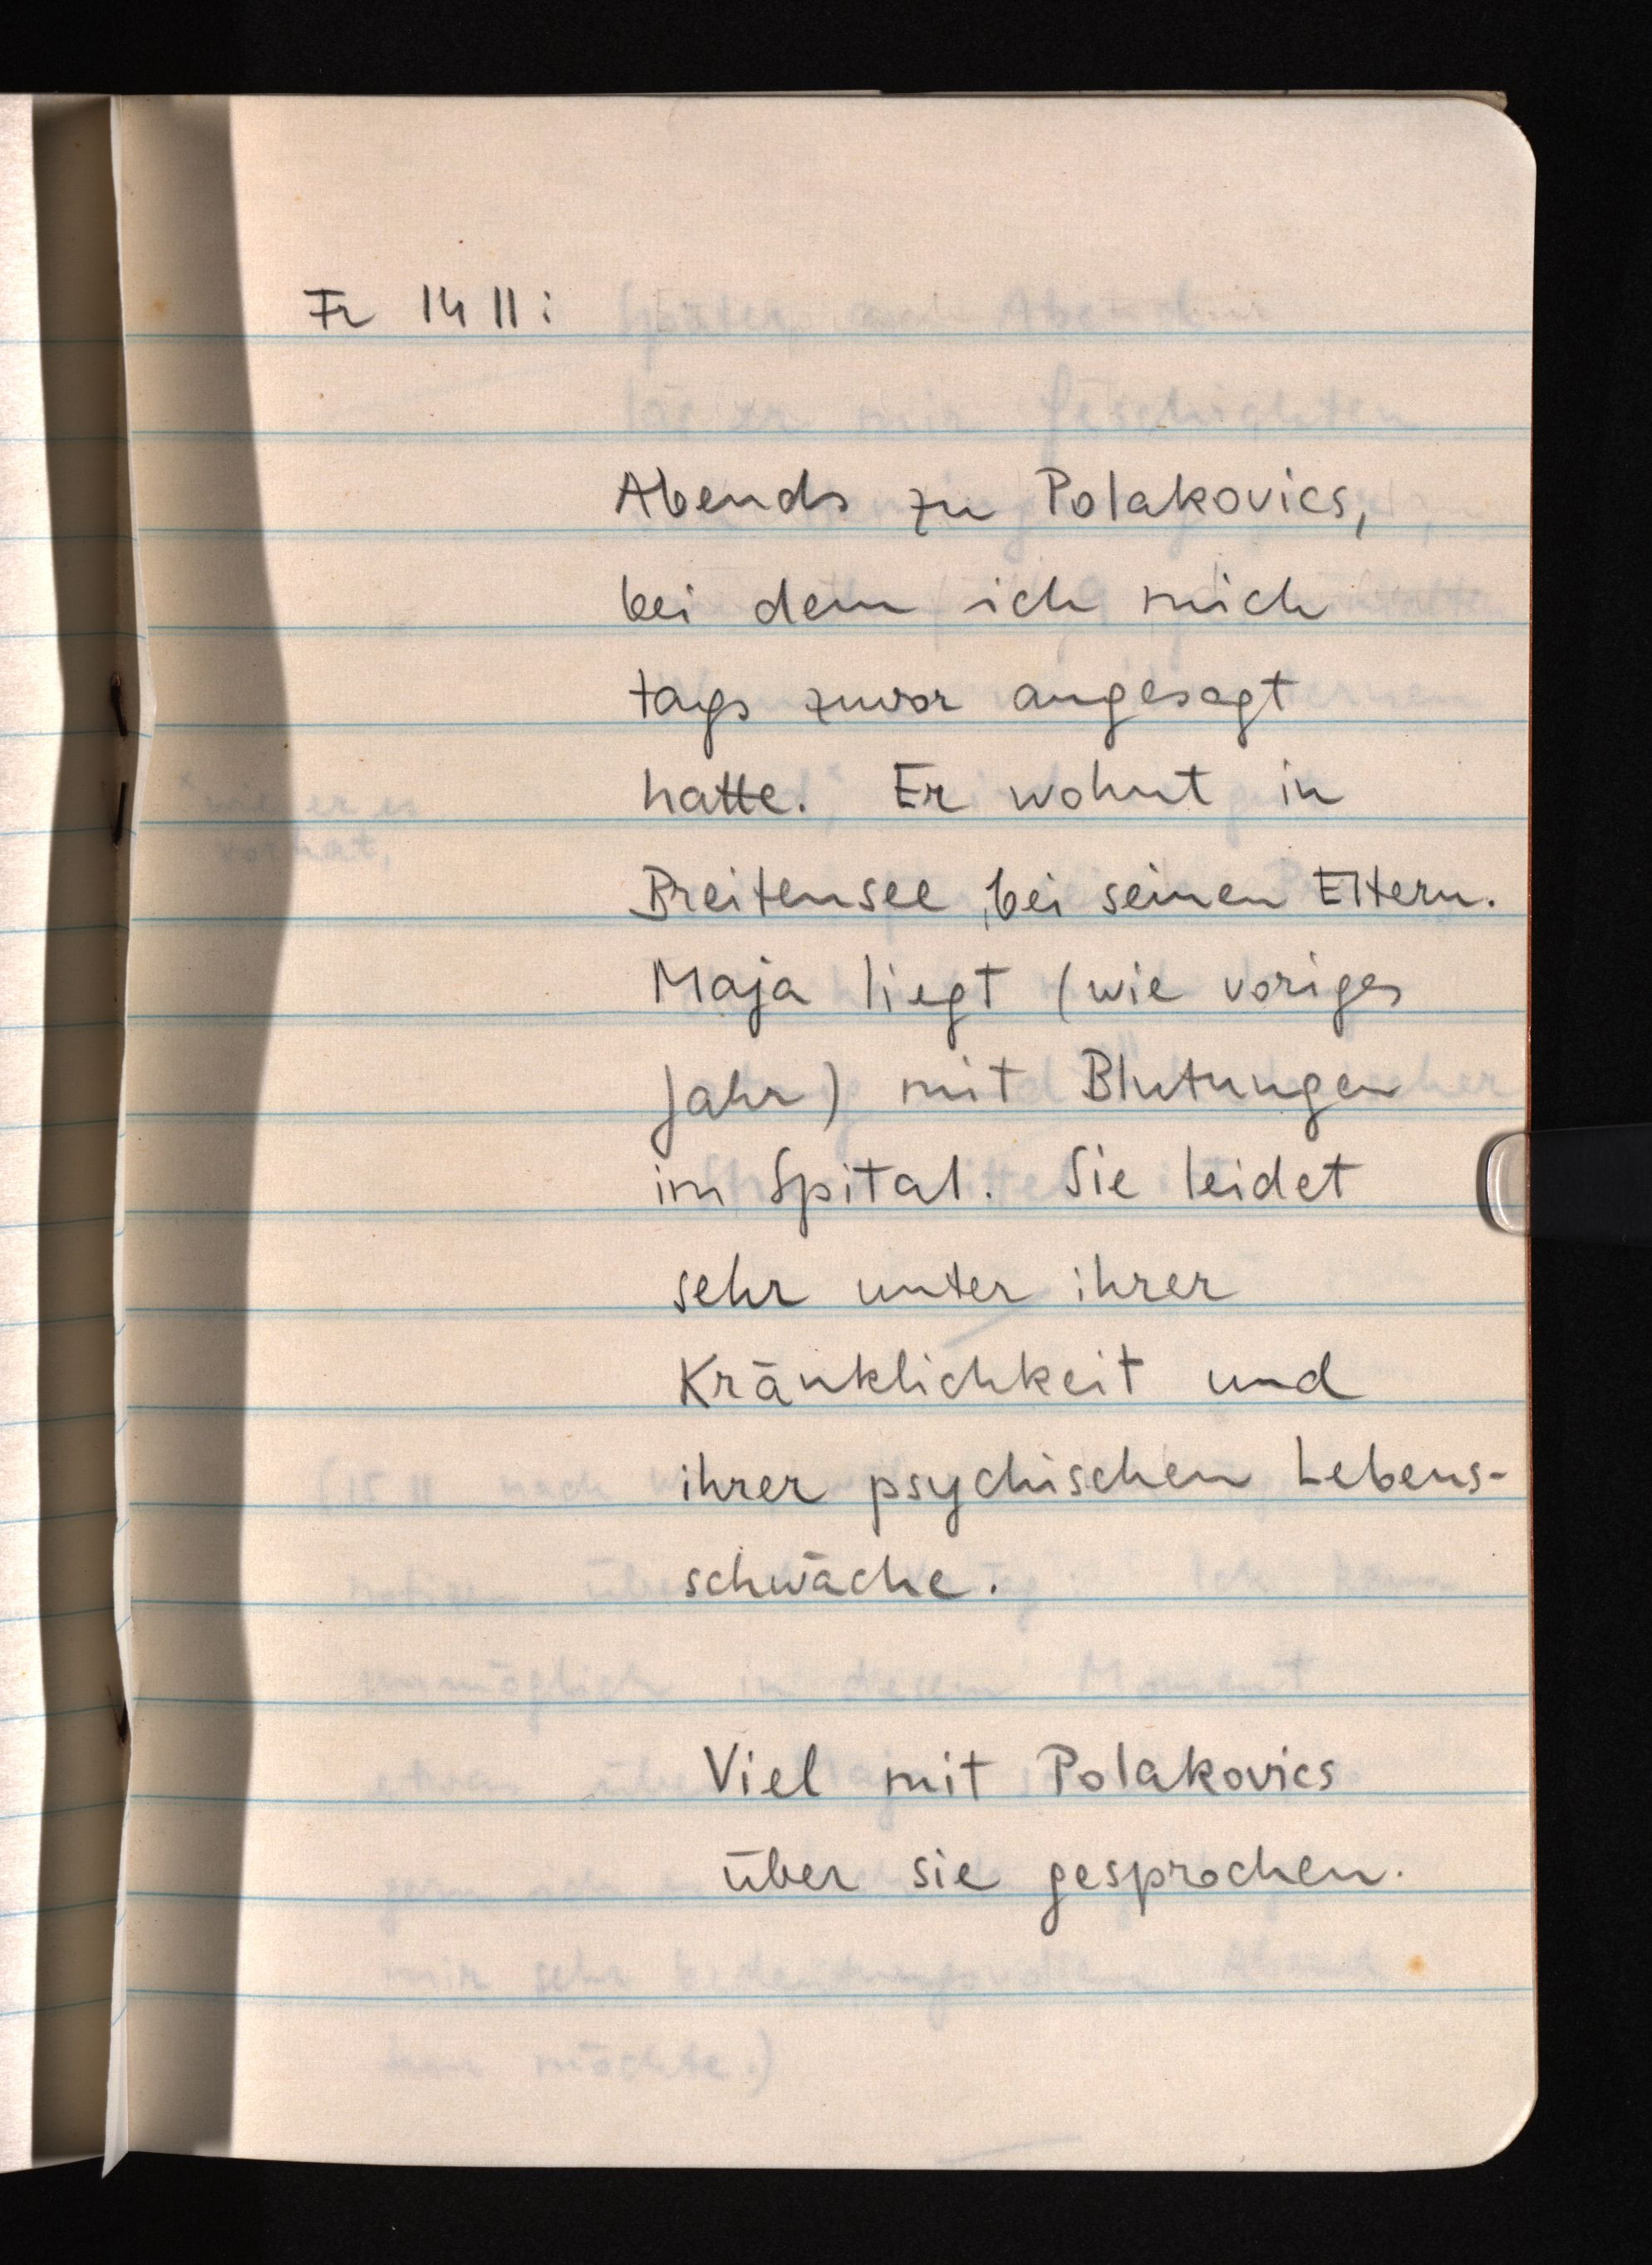
Fr 14 11:
Abends zu Polakovics,
bei dem ich mich
tags zuvor angesagt
hatte. Er wohnt in
Breitensee, bei seinen Eltern.
Maja liegt (wie voriges
Jahr) mit Blutungen
im Spital. Sie leidet
sehr unter ihrer
Kränklichkeit und
ihrer psychischen Lebens¬
schwäche.
Viel mit Polakovics
über sie gesprochen.